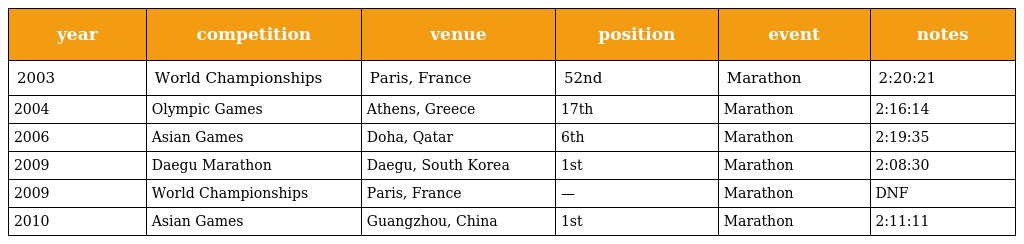
| year | competition | venue | position | event | notes |
 | --- | --- | --- | --- | --- | --- |
 | 2003 | World Championships | Paris, France | 52nd | Marathon | 2:20:21 |
 | 2004 | Olympic Games | Athens, Greece | 17th | Marathon | 2:16:14 |
 | 2006 | Asian Games | Doha, Qatar | 6th | Marathon | 2:19:35 |
 | 2009 | Daegu Marathon | Daegu, South Korea | 1st | Marathon | 2:08:30 |
 | 2009 | World Championships | Paris, France | — | Marathon | DNF |
 | 2010 | Asian Games | Guangzhou, China | 1st | Marathon | 2:11:11 |